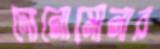
দোনোমোনার